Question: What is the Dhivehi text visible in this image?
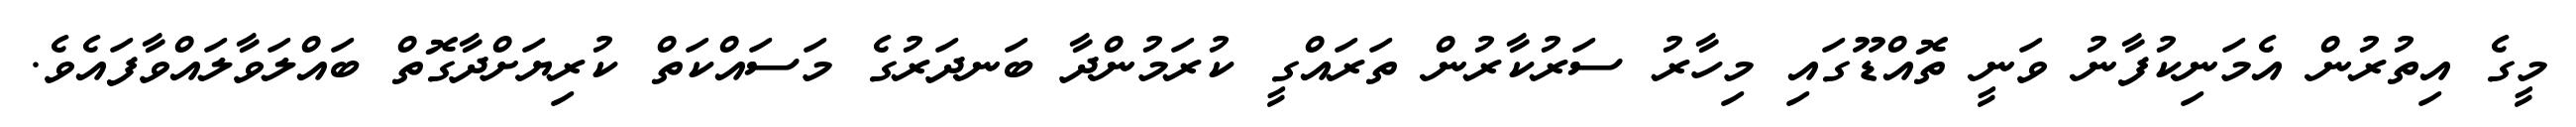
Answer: މީގެ އިތުރުން އެމަނިކުފާނު ވަނީ ތޮއްޑޫގައި މިހާރު ސަރުކާރުން ތަރައްގީ ކުރަމުންދާ ބަނދަރުގެ މަސައްކަތް ކުރިޔަށްދާގޮތް ބައްލަވާލައްވާފައެވެ.